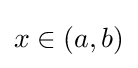
\textstyle x\in \left(a,b\right)